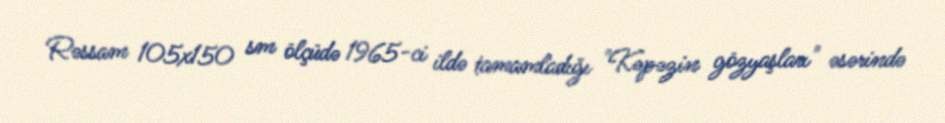
Rəssam 105x150 sm ölçüdə 1965-ci ildə tamamladığı "Kəpəzin gözyaşları" əsərində